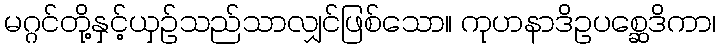
မဂ္ဂင်တို့နှင့်ယှဉ်သည်သာလျှင်ဖြစ်သော။ ကုဟနာဒိဥပစ္ဆေဒိကာ၊